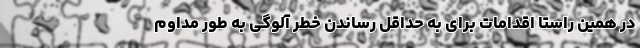
در همین راستا اقدامات برای به حداقل رساندن خطر آلوگی به طور مداوم